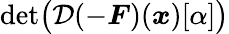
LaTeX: \operatorname*{det}\bigl(\mathcal{D}(-\boldsymbol{F})(\boldsymbol{x})[\alpha]\bigr)